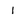
Character: 1